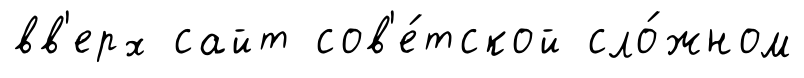
вв'ерх сайт сов'е́тской сло́жном